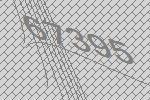
67395